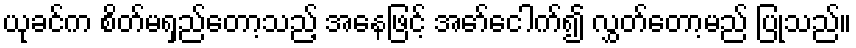
ယုခင်က စိတ်မရှည်တော့သည့် အနေဖြင့် အော်ငေါက်၍ လွှတ်တော့မည် ပြုသည်။